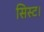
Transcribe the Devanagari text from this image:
सिस्ट।